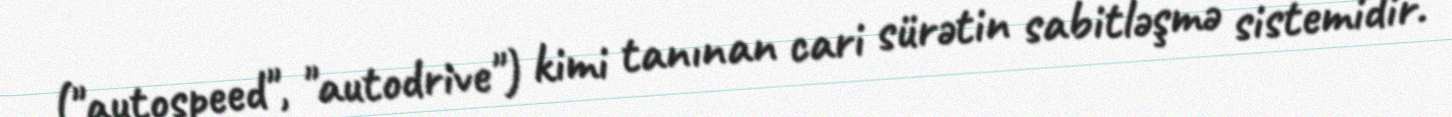
("autospeed", "autodrive") kimi tanınan cari sürətin sabitləşmə sistemidir.